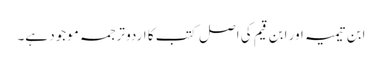
ابن تیمیہ اور ابن قیم کی اصل کتب کا اردو ترجمہ موجود ہے۔